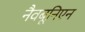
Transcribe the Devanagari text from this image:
नैवबूनिएन